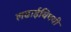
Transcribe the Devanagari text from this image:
लढाईविषयी